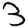
Digit: 3